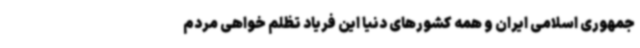
جمهوری اسلامی ایران و همه کشورهای دنیا این فریاد تظلم خواهی مردم